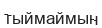
тыймаймын